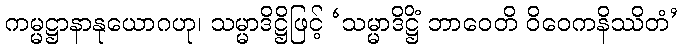
ကမ္မဋ္ဌာနာနုယောဂဟု၊ သမ္မာဒိဋ္ဌိဖြင့် ‘သမ္မာဒိဋ္ဌိံ ဘာဝေတိ ဝိဝေကနိဿိတံ’